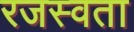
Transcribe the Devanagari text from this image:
रजस्वता